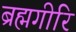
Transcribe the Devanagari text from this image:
ब्रह्मगीरि